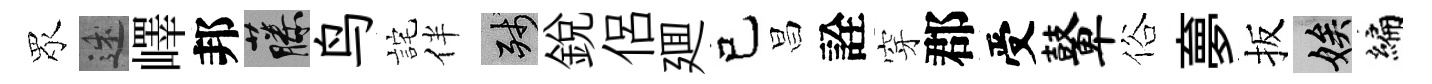
眾述嶧邦藤鸟詫伴殘銳侶廽己昌詮穿郡受鼙俗夣扳娭编